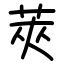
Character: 莢